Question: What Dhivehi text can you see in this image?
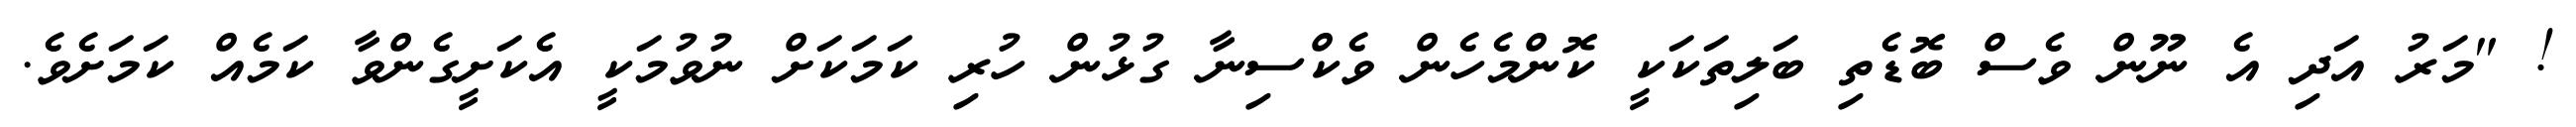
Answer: ! "މަރު އަދި އެ ނޫން ވެސް ބޮޑެތި ބަލިތަކަކީ ކޮންމެހެން ވެކްސިނާ ގުޅުން ހުރި ކަމަކަށް ނުވުމަކީ އެކަށީގެންވާ ކަމެއް ކަމަށެވެ.